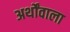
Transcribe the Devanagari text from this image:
अर्थोंवाला